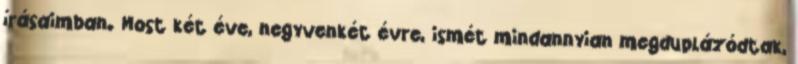
írásaimban. Most két éve, negyvenkét évre, ismét mindannyian megduplázódtak,